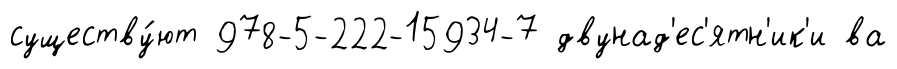
существу́ют 978-5-222-15934-7 двунад'ес'ятн'ик'и ва